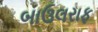
બાઉલરાફ